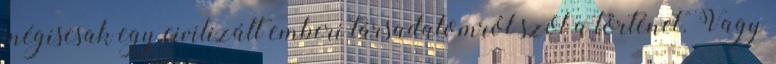
mégiscsak egy civilizált emberi társadalomról szól a történet. Vagy